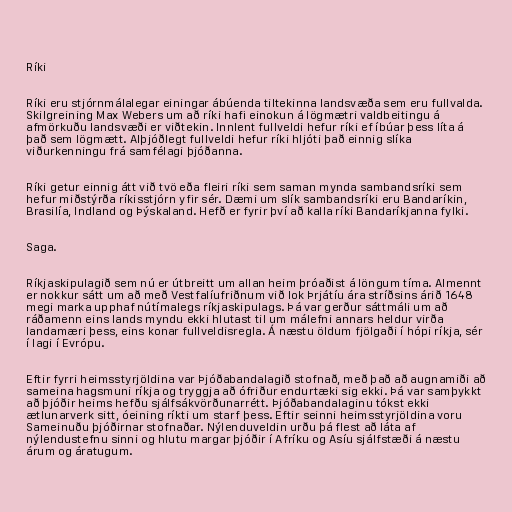
Ríki

Ríki eru stjórnmálalegar einingar ábúenda tiltekinna landsvæða sem eru fullvalda.
Skilgreining Max Webers um að ríki hafi einokun á lögmætri valdbeitingu á
afmörkuðu landsvæði er viðtekin. Innlent fullveldi hefur ríki ef íbúar þess líta á
það sem lögmætt. Alþjóðlegt fullveldi hefur ríki hljóti það einnig slíka
viðurkenningu frá samfélagi þjóðanna.

Ríki getur einnig átt við tvö eða fleiri ríki sem saman mynda sambandsríki sem
hefur miðstýrða ríkisstjórn yfir sér. Dæmi um slík sambandsríki eru Bandaríkin,
Brasilía, Indland og Þýskaland. Hefð er fyrir því að kalla ríki Bandaríkjanna fylki.

Saga.

Ríkjaskipulagið sem nú er útbreitt um allan heim þróaðist á löngum tíma. Almennt
er nokkur sátt um að með Vestfalíufriðnum við lok Þrjátíu ára stríðsins árið 1648
megi marka upphaf nútímalegs ríkjaskipulags. Þá var gerður sáttmáli um að
ráðamenn eins lands myndu ekki hlutast til um málefni annars heldur virða
landamæri þess, eins konar fullveldisregla. Á næstu öldum fjölgaði í hópi ríkja, sér
í lagi í Evrópu.

Eftir fyrri heimsstyrjöldina var Þjóðabandalagið stofnað, með það að augnamiði að
sameina hagsmuni ríkja og tryggja að ófriður endurtæki sig ekki. Þá var samþykkt
að þjóðir heims hefðu sjálfsákvörðunarrétt. Þjóðabandalaginu tókst ekki
ætlunarverk sitt, óeining ríkti um starf þess. Eftir seinni heimsstyrjöldina voru
Sameinuðu þjóðirnar stofnaðar. Nýlenduveldin urðu þá flest að láta af
nýlendustefnu sinni og hlutu margar þjóðir í Afríku og Asíu sjálfstæði á næstu
árum og áratugum.